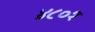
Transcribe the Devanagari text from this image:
४८०१